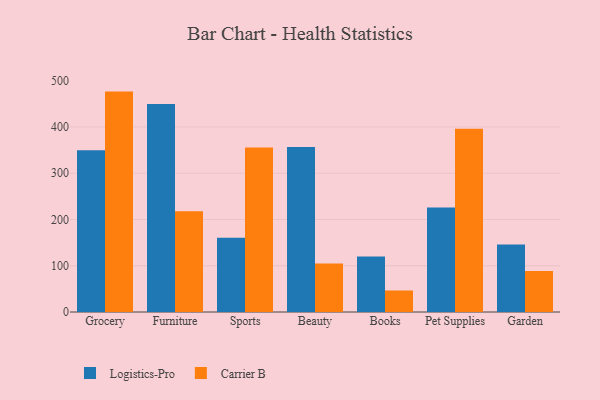
{"axis": {"x": "Category", "y": "Revenue (USD Million)"}, "legend": ["Carrier B", "Logistics-Pro"], "data": [{"x": "Grocery", "y": 349.9, "type": "Logistics-Pro"}, {"x": "Grocery", "y": 476.5, "type": "Carrier B"}, {"x": "Furniture", "y": 449.8, "type": "Logistics-Pro"}, {"x": "Furniture", "y": 218.0, "type": "Carrier B"}, {"x": "Sports", "y": 160.7, "type": "Logistics-Pro"}, {"x": "Sports", "y": 355.4, "type": "Carrier B"}, {"x": "Beauty", "y": 356.6, "type": "Logistics-Pro"}, {"x": "Beauty", "y": 105.1, "type": "Carrier B"}, {"x": "Books", "y": 120.0, "type": "Logistics-Pro"}, {"x": "Books", "y": 46.5, "type": "Carrier B"}, {"x": "Pet Supplies", "y": 226.1, "type": "Logistics-Pro"}, {"x": "Pet Supplies", "y": 396.0, "type": "Carrier B"}, {"x": "Garden", "y": 145.8, "type": "Logistics-Pro"}, {"x": "Garden", "y": 88.8, "type": "Carrier B"}]}